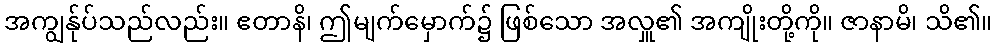
အကျွန်ုပ်သည်လည်း။ ဧတာနိ၊ ဤမျက်မှောက်၌ ဖြစ်သော အလှူ၏ အကျိုးတို့ကို။ ဇာနာမိ၊ သိ၏။